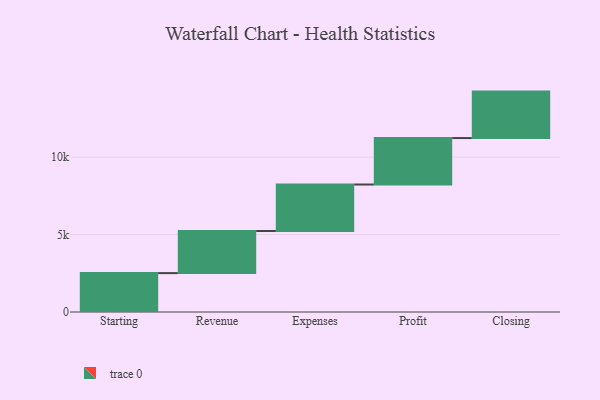
{"axis": {"x": "Step", "y": "Value"}, "legend": [""], "data": [{"x": "Starting", "y": 2511.0, "type": ""}, {"x": "Revenue", "y": 2720.0, "type": ""}, {"x": "Expenses", "y": 3000, "type": ""}, {"x": "Profit", "y": 3000, "type": ""}, {"x": "Closing", "y": 3000, "type": ""}]}